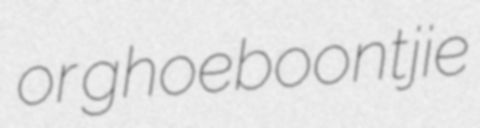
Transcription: or ghoeboontjie